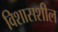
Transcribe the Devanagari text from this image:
विशासशील